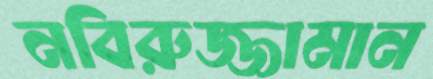
নবিরুজ্জামান